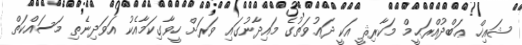
ޝައިޚް ޢަބްދުއްރަޙީމް މަކާރިޘީ އަކީ ދަޢުވަތުގެ މައިދާނުގައި ވަރަށް ހީވާގިކަމާއެކު އަވަދިނެތި މަސައްކަތް